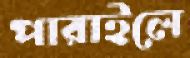
পারাইলে